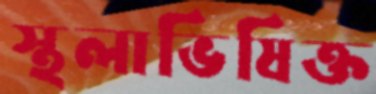
স্থলাভিষিক্ত